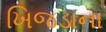
ખિજડાના